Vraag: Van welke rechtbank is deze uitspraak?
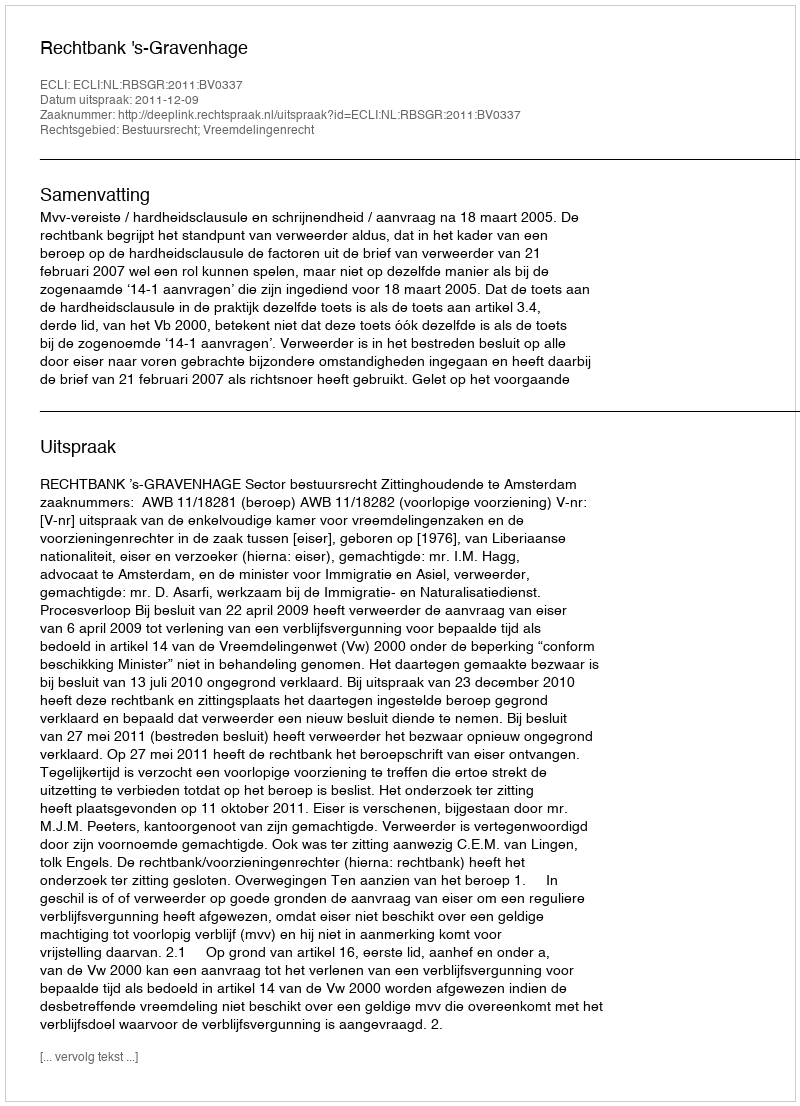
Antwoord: Rechtbank 's-Gravenhage